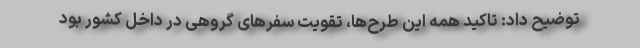
توضیح داد: تاکید همه این طرح‌ها، تقویت سفرهای گروهی در داخل کشور بود